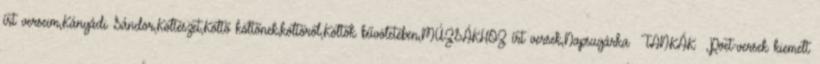
írt verseim,Kányádi Sándor,Költészet,Költő költőnek,költőről,Költők bűvöletében,MÚZSÁKHOZ írt versek,Napsugárka TANKÁK ,Poet-versek kiemelt